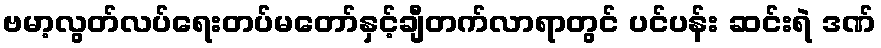
ဗမာ့လွတ်လပ်ရေးတပ်မတော်နှင့်ချီတက်လာရာတွင် ပင်ပန်း ဆင်းရဲ ဒဏ်